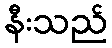
နီးသည်